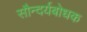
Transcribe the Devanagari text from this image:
सौन्दर्यबोधक